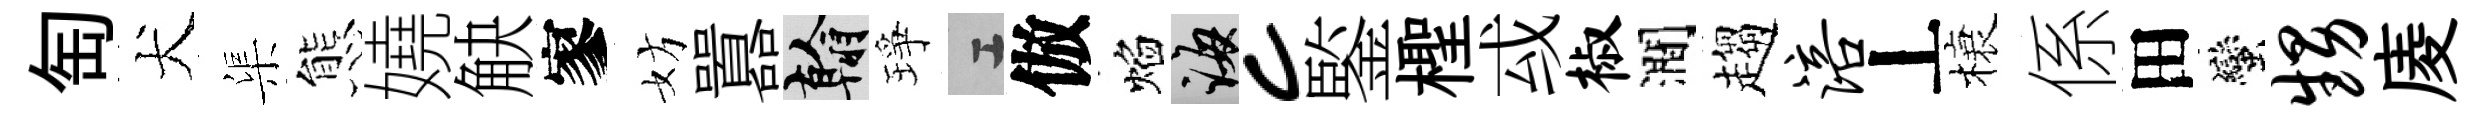
匋犬渠態嬈觖寥妨囂翰琤工倣焰誨c鍳檉㦯椒澗趨涪丄榱係田蠻甥庱